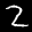
Label: 2